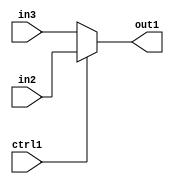
`timescale 1ps / 1ps
/*****************************************************************************
    Verilog RTL Description
    
    
    Created by: Stratus DpOpt 2019.1.01 
*******************************************************************************/

module GauFilter_N_Mux_8_2_3_1 (
	in3,
	in2,
	ctrl1,
	out1
	); /* architecture "behavioural" */ 
input [7:0] in3,
	in2;
input  ctrl1;
output [7:0] out1;
wire [7:0] asc001;

reg [7:0] asc001_tmp_0;
assign asc001 = asc001_tmp_0;
always @ (ctrl1 or in2 or in3) begin
	case (ctrl1)
		1'B1 : asc001_tmp_0 = in2 ;
		default : asc001_tmp_0 = in3 ;
	endcase
end

assign out1 = asc001;
endmodule

/* CADENCE  uLXzSQ4= : u9/ySgnWtBlWxVPRXgAZ4Og= ** DO NOT EDIT THIS LINE ******/